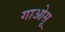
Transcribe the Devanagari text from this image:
गाओसू